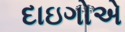
દાઇગોએ